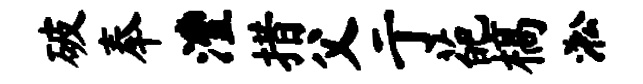
破奉澧措父亍葩槁淞